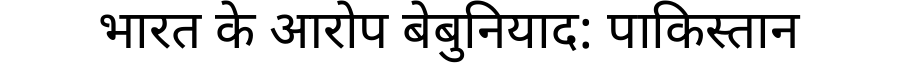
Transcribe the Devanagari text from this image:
भारत के आरोप बेबुनियाद: पाकिस्तान